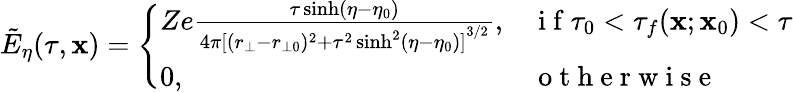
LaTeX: \tilde{E}_{\eta}(\tau,\mathbf{x})=\left\{ \begin{array}{ll}{Ze\frac{\tau\sinh(\eta-\eta_{0})}{4\pi{[(r_{\bot}-r_{\bot 0})^{2}+\tau^{2}\sinh^{2}(\eta-\eta_{0})]}^{3/2}},}&{\mathrm{~i~f~}\tau_{0}<\tau_{f}(\mathbf{x};\mathbf{x}_{0})<\tau}\\ {0,}&{\mathrm{~o~t~h~e~r~w~i~s~e~}}\end{array}\right.